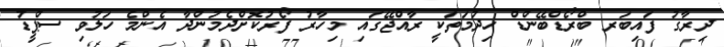
ދިރާގު ފައިބަރ ބްރޯޑްބޭންޑް ހިދުމަތަކީ ރާއްޖޭގައި މިހާރު ފޯރުކޮށްދެމުންދާ އެންމެ ހަލުވި ސްޕީޑު